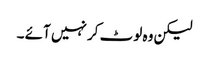
لیکن وہ لوٹ کر نہیں آئے ۔